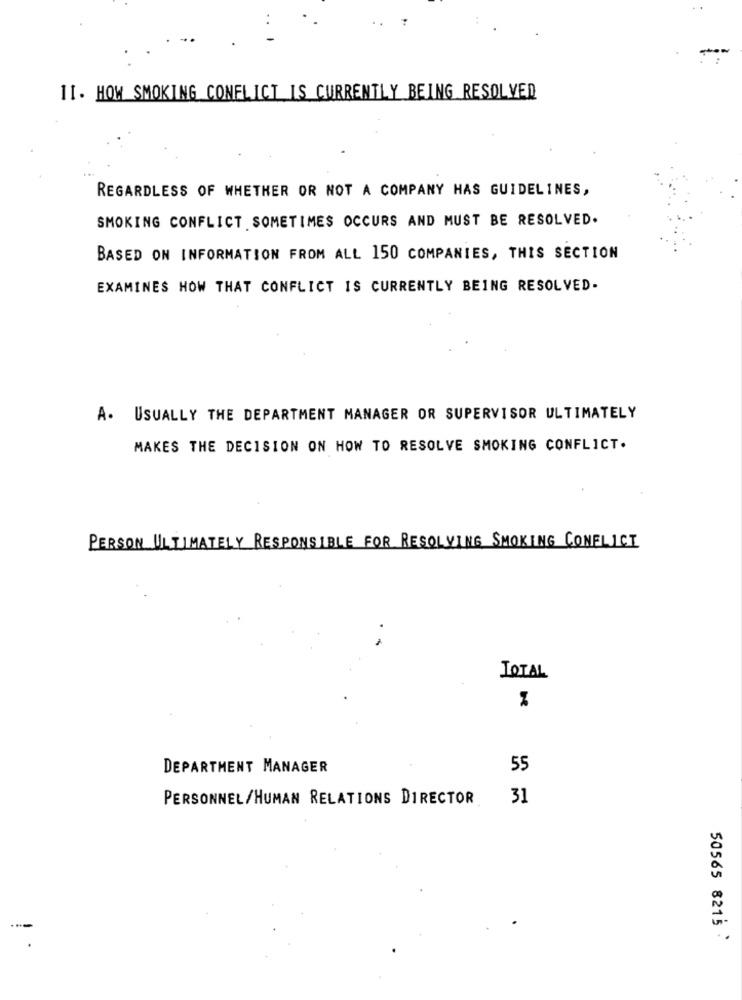
11. HOW SMOKING CONFLICT IS CURRENTLY BEING RESOLVED
REGARDLESS OF WHETHER OR NOT A COMPANY HAS GUIDELINES,
SMOKING CONFLICT SOMETIMES OCCURS AND MUST BE RESOLVED.
BASED ON INFORMATION FROM ALL 150 COMPANIES, THIS SECTION
EXAMINES HOW THAT CONFLICT IS CURRENTLY BEING RESOLVED.
A. USUALLY THE DEPARTMENT MANAGER OR SUPERVISOR ULTIMATELY
MAKES THE DECISION ON HOW TO RESOLVE SMOKING CONFLICT.
PERSON ULTIMATELY RESPONSIBLE FOR RESOLVING SMOKING CONFLICT
TOTAL
DEPARTMENT MANAGER
55
PERSONNEL/HUMAN RELATIONS DIRECTOR
31
50565 8215 :